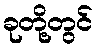
ခုတို့တွင်